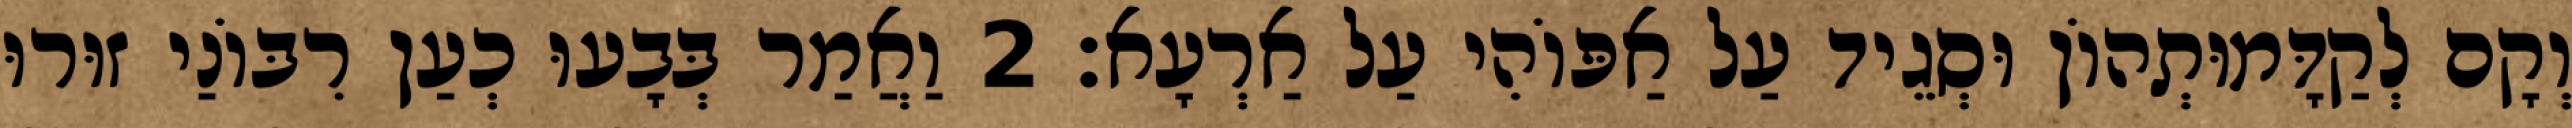
וְקָם לְקַדָּמוּתְהוֹן וּסְגֵיד עַל אַפּוֹהִי עַל אַרְעָא׃ 2 וַאֲמַר בְּבָעוּ כְעַן רִבּוֹנַי זוּרוּ